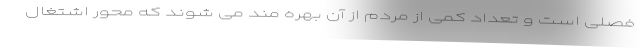
فصلی است و تعداد کمی از مردم از آن بهره مند می شوند که محور اشتغال